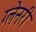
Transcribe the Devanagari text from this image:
ग्‍लेनरी